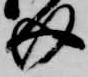
介